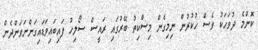
ކޮންމެ ދުވަހަކު ވެސް ހުކުރުން ނިމިގެން މިސްކިތު ބޭރުގައި ރައީސް ސޯލިހު ފައިބައިވަޑައިގަންނަވަންދެން